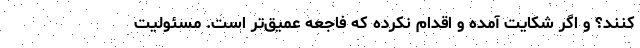
کنند؟ و اگر شکایت آمده و اقدام نکرده که فاجعه عمیق‌تر است. مسئولیت